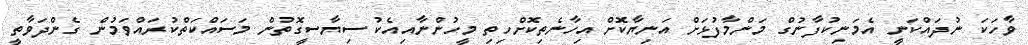
ވާހަކަ ނުދައްކަނީ އެމަނިކުފާނުގް މަންމާފުޅަށް އަނިޔާކޮށް އިހާނެތިކޮށްހިތި މީހުންނާއިއެކު ސިޔާސީގޮތުން މަސައްކަތްކުރައްވަމުން ގެންދަވާތީ